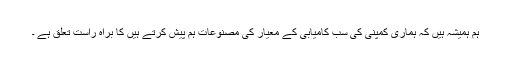
ہم ہمیشہ ہیں کہ ہماری کمپنی کی سب کامیابی کے معیار کی مصنوعات ہم پیش کرتے ہیں کا براہ راست تعلق ہے ۔